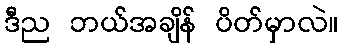
ဒီည ဘယ်အချိန် ပိတ်မှာလဲ။